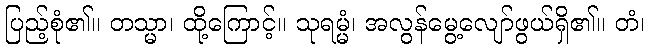
ပြည့်စုံ၏။ တသ္မာ၊ ထို့ကြောင့်။ သုရမ္မံ၊ အလွန်မွေ့လျော်ဖွယ်ရှိ၏။ တံ၊